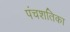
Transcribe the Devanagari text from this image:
पंचशतिका